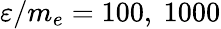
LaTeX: \varepsilon/m_{e}=100,\ 1000